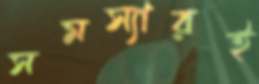
সমস্যারই